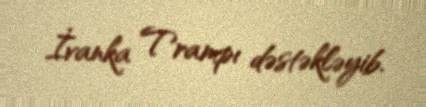
İvanka Trampı dəstəkləyib.